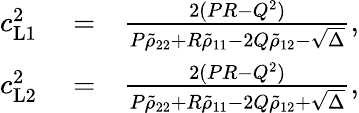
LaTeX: \begin{array}{rlr}{c_{\mathrm{L1}}^{2}}&{{}=}&{\frac{2(PR-Q^{2})}{P\tilde{\rho}_{22}+R\tilde{\rho}_{11}-2Q\tilde{\rho}_{12}-\sqrt{\Delta}},}\\ {c_{\mathrm{L2}}^{2}}&{{}=}&{\frac{2(PR-Q^{2})}{P\tilde{\rho}_{22}+R\tilde{\rho}_{11}-2Q\tilde{\rho}_{12}+\sqrt{\Delta}},}\end{array}